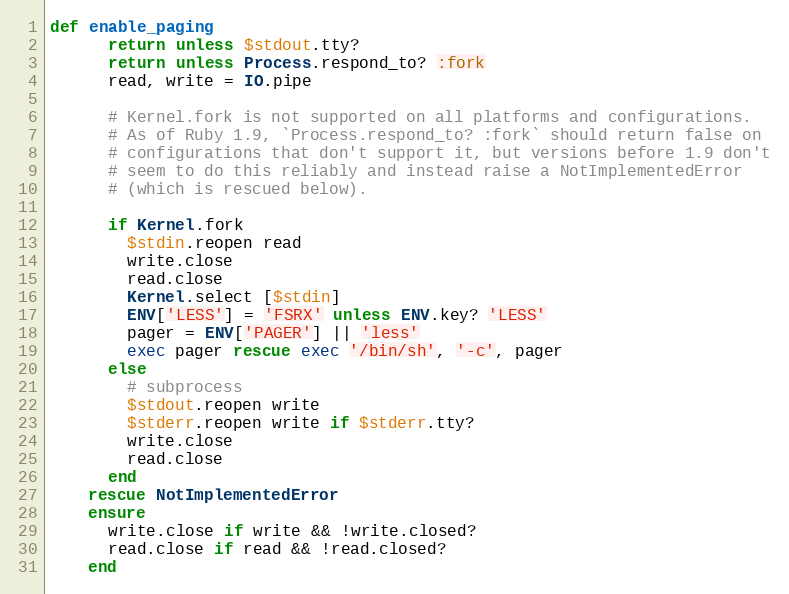
Language: Ruby
def enable_paging
      return unless $stdout.tty?
      return unless Process.respond_to? :fork
      read, write = IO.pipe

      # Kernel.fork is not supported on all platforms and configurations.
      # As of Ruby 1.9, `Process.respond_to? :fork` should return false on
      # configurations that don't support it, but versions before 1.9 don't
      # seem to do this reliably and instead raise a NotImplementedError
      # (which is rescued below).

      if Kernel.fork
        $stdin.reopen read
        write.close
        read.close
        Kernel.select [$stdin]
        ENV['LESS'] = 'FSRX' unless ENV.key? 'LESS'
        pager = ENV['PAGER'] || 'less'
        exec pager rescue exec '/bin/sh', '-c', pager
      else
        # subprocess
        $stdout.reopen write
        $stderr.reopen write if $stderr.tty?
        write.close
        read.close
      end
    rescue NotImplementedError
    ensure
      write.close if write && !write.closed?
      read.close if read && !read.closed?
    end